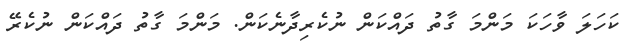
ކަހަލަ ވާހަކަ މަންމަ ގާތު ދައްކަން ނުކެރިދާނެކަން. މަންމަ ގާތު ދައްކަން ނުކެރޭ